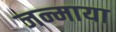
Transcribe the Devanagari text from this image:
जन्माया